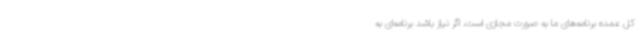
کل عمده برنامه‌های ما به صورت مجازی است. اگر نیاز باشد برنامه‌ای به